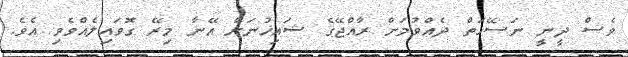
ވެސް ދީނީ ނަސޭހަތް ދެއްވުމަށް ރާއްޖޭގެ ޝައިޚުނަށް އޭނާ މިރޭ ގޮވައިލެއްވެވި އެވެ.